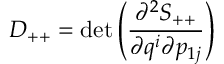
D _ { + + } = \operatorname * { d e t } \left( \frac { \partial ^ { 2 } S _ { + + } } { \partial q ^ { i } \partial p _ { 1 j } } \right)